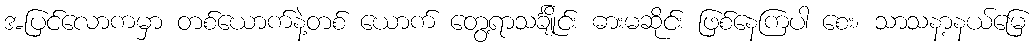
အပြင်လောကမှာ တစ်ယောက်နဲ့တစ် ယောက် တွေ့ရာသင်္ချိုင်း ဓားမဆိုင်း ဖြစ်နေကြပါ စေး၊ သာသနာ့နယ်မြေ